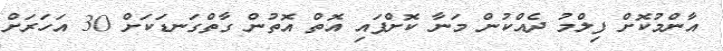
އާންމުކޮށް ފިލްމު ދެއްކުން މަނާ ކޮށްފައި އޮތް އޮތުން ގާތްގަނޑަކަށް 30 އަހަރަށް